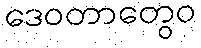
ဒေဝတာတွေဝ